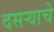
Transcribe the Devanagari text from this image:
दसऱ्याचे